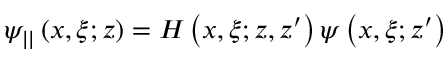
\psi _ { | | } \left( x , \xi ; z \right) = H \left( x , \xi ; z , z ^ { \prime } \right) \psi \left( x , \xi ; z ^ { \prime } \right)